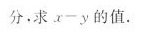
分。求x-y的值.